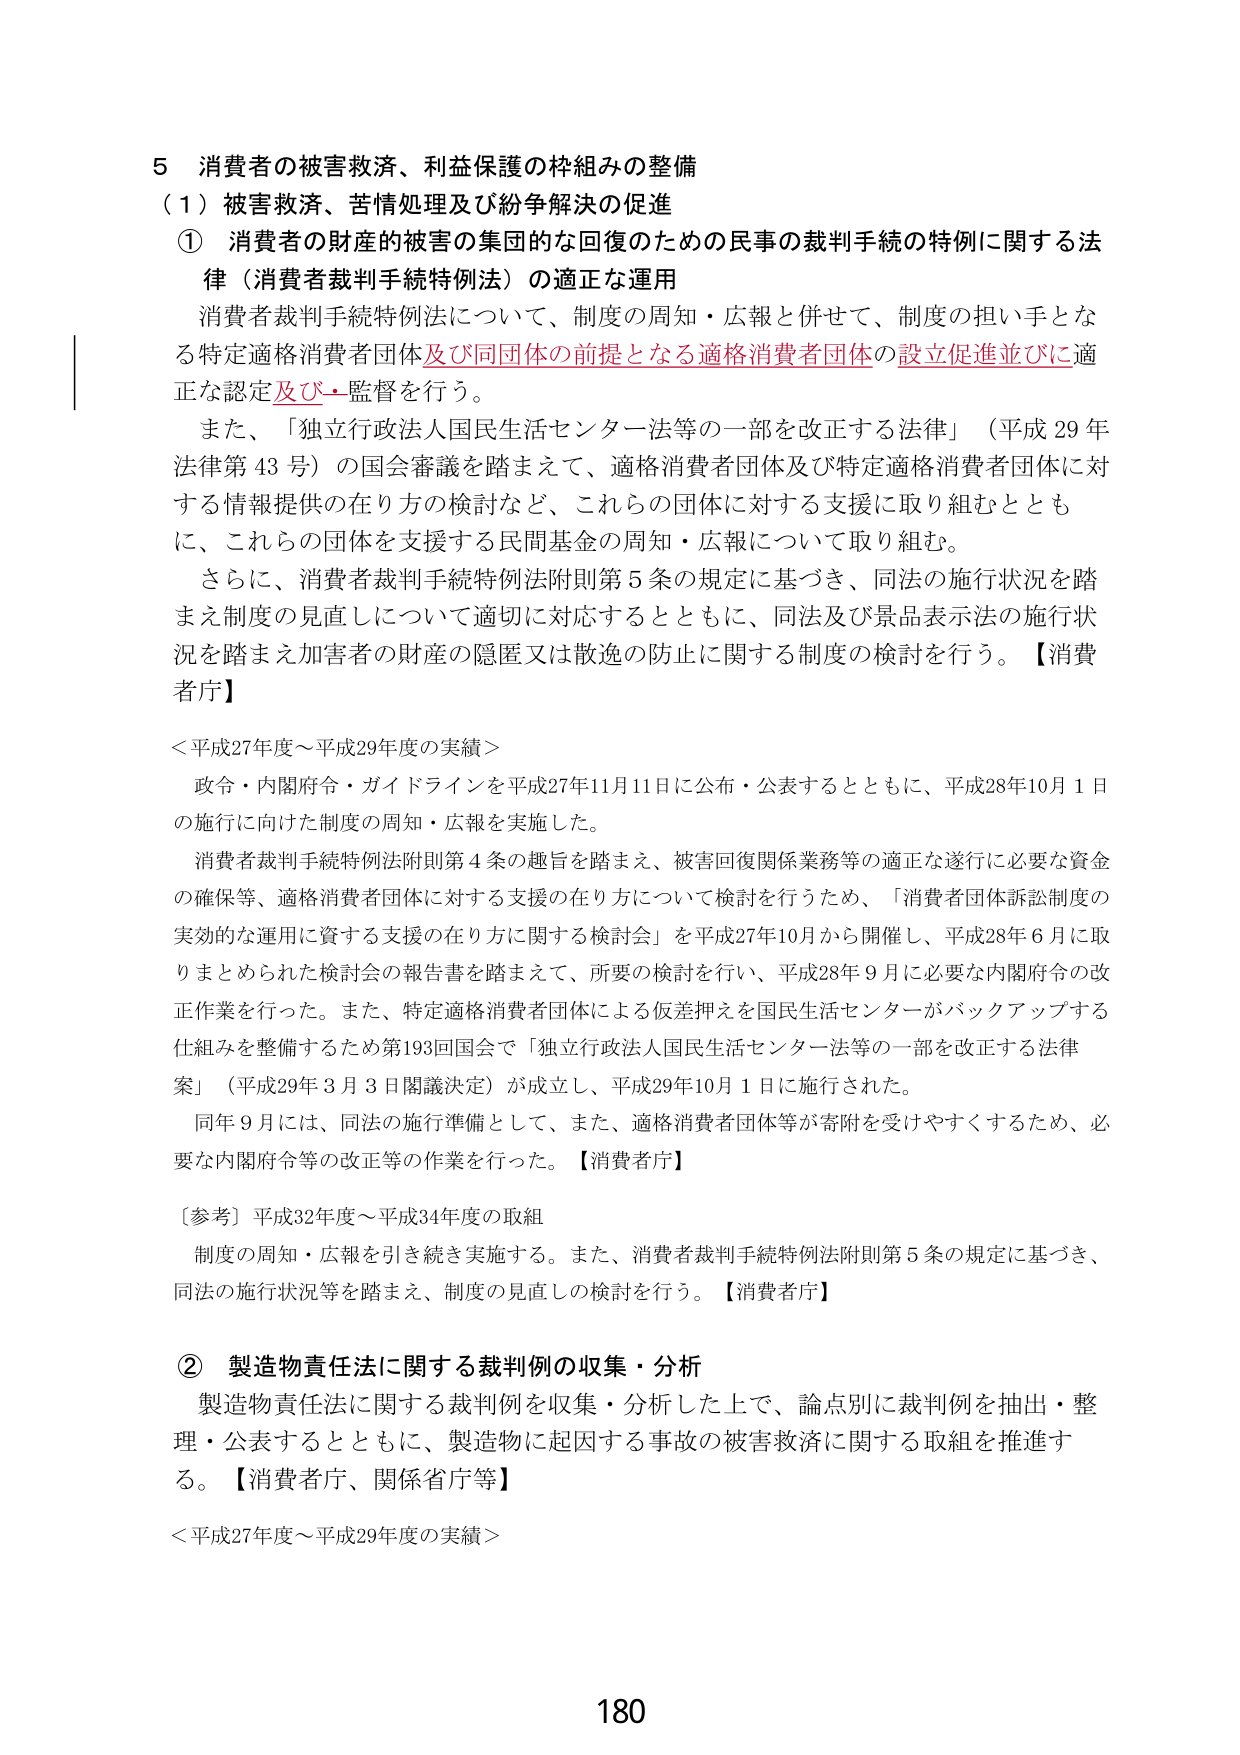
5 消費者の被害救済、利益保護の枠組みの整備
（1）被害救済、苦情処理及び紛争解決の促進
① 消費者の財産の被害の集団的な回復のための民事の裁判手続の特例に関する法律（消費者裁判手続特例法）の適正な運用
消費者裁判手続特例法について、制度の周知・広報と併せて、制度の担い手となる特定適格消費者団体及び同団体の前提となる適格消費者団体の設立促進並びに適正な認定及び監督を行う。
また、「独立行政法人国民生活センター法等の一部を改正する法律」（平成29年法律第43号）の国会審議を踏まえて、適格消費者団体及び特定適格消費者団体に対する情報提供の在り方の検討など、これらの団体に対する支援に取り組むとともに、これらの団体を支援する民間基金の周知・広報について取り組む。
さらに、消費者裁判手続特例法附則第5条の規定に基づき、同法の施行状況を踏まえ制度の見直しについて適切に対応するとともに、同法及び景品表示法の施行状況を踏まえ加害者の財産の隠匿又は散逸の防止に関する制度の検討を行う。【消費者庁】
＜平成27年度～平成29年度の実績＞
政令・内閣府令・ガイドラインを平成27年11月11日に公布・公表するとともに、平成28年10月1日の施行に向けた制度の周知・広報を実施した。
消費者裁判手続特例法附則第4条の趣旨を踏まえ、被害回復関係業務等の適正な遂行に必要な資金の確保等、適格消費者団体に対する支援の在り方について検討を行うため、「消費者団体訴訟制度の実効的な運用に資する支援の在り方に関する検討会」を平成27年10月から開催し、平成28年6月に取りまとめられた検討会の報告書を踏まえて、所要の検討を行い、平成28年9月に必要な内閣府令の改正作業を行った。また、特定適格消費者団体による仮差押えを国民生活センターがバックアップする仕組みを整備するため第193回国会で「独立行政法人国民生活センター法等の一部を改正する法律案」（平成29年3月3日閣議決定）が成立し、平成29年10月1日に施行された。
同年9月には、同法の施行準備として、また、適格消費者団体等が寄附を受けやすくするため、必要な内閣府令等の改正等の作業を行った。【消費者庁】
〔参考〕平成32年度～平成34年度の取組
制度の周知・広報を引き続き実施する。また、消費者裁判手続特例法附則第5条の規定に基づき、同法の施行状況等を踏まえ、制度の見直しの検討を行う。【消費者庁】
② 製造物責任法に関する裁判例の収集・分析
製造物責任法に関する裁判例を収集・分析した上で、論点別に裁判例を抽出・整理・公表するとともに、製造物に起因する事故の被害救済に関する取組を推進する。【消費者庁、関係省庁等】
＜平成27年度～平成29年度の実績＞
180